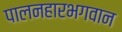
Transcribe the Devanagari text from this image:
पालनहारभगवान